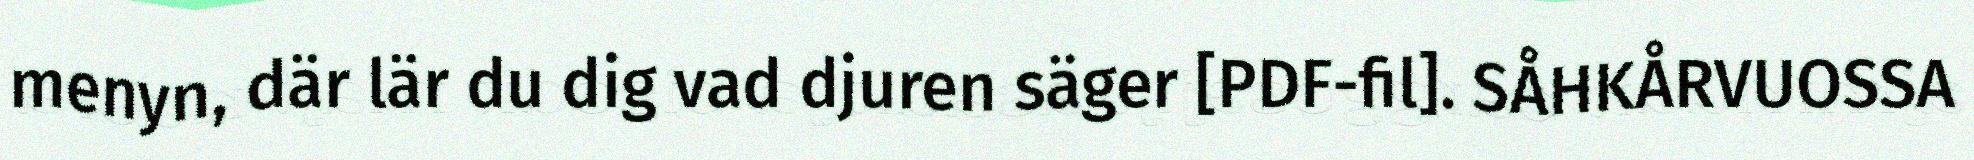
menyn, där lär du dig vad djuren säger [PDF-fil]. SÅHKÅRVUOSSA